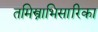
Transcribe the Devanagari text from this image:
तमिस्त्राभिसारिका